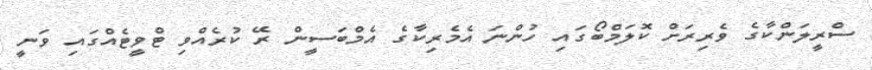
ސްރީލަންކާގެ ވެރިރަށް ކޮލަމްބޯގައި ހުންނަ އެމެރިކާގެ އެމްބަސީން ރޭ ކުރެއްވި ޓްވީޓެއްގައި ވަނީ